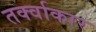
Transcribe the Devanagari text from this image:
तर्क्वाकार